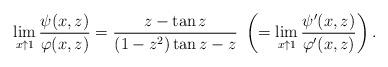
LaTeX: \begin{align*}\lim_{x\uparrow 1}\dfrac{\psi(x,z)}{\varphi(x,z)}=\dfrac{z-\tan z}{(1-z^2)\tan z-z}\ \left(=\lim_{x\uparrow 1}\dfrac{\psi'(x,z)}{\varphi'(x,z)}\right).\end{align*}